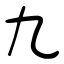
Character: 九